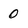
Character: 0